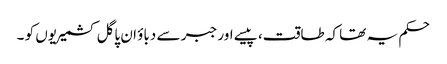
حکم یہ تھا کہ طاقت، پیسے اور جبر سے دباؤ ان پاگل کشمیریوں کو ۔